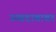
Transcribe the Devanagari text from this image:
उच्चदाबावर